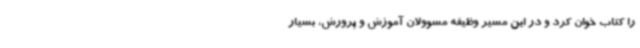
را کتاب خوان کرد و در این مسیر وظیفه مسوولان آموزش و پرورش، بسیار